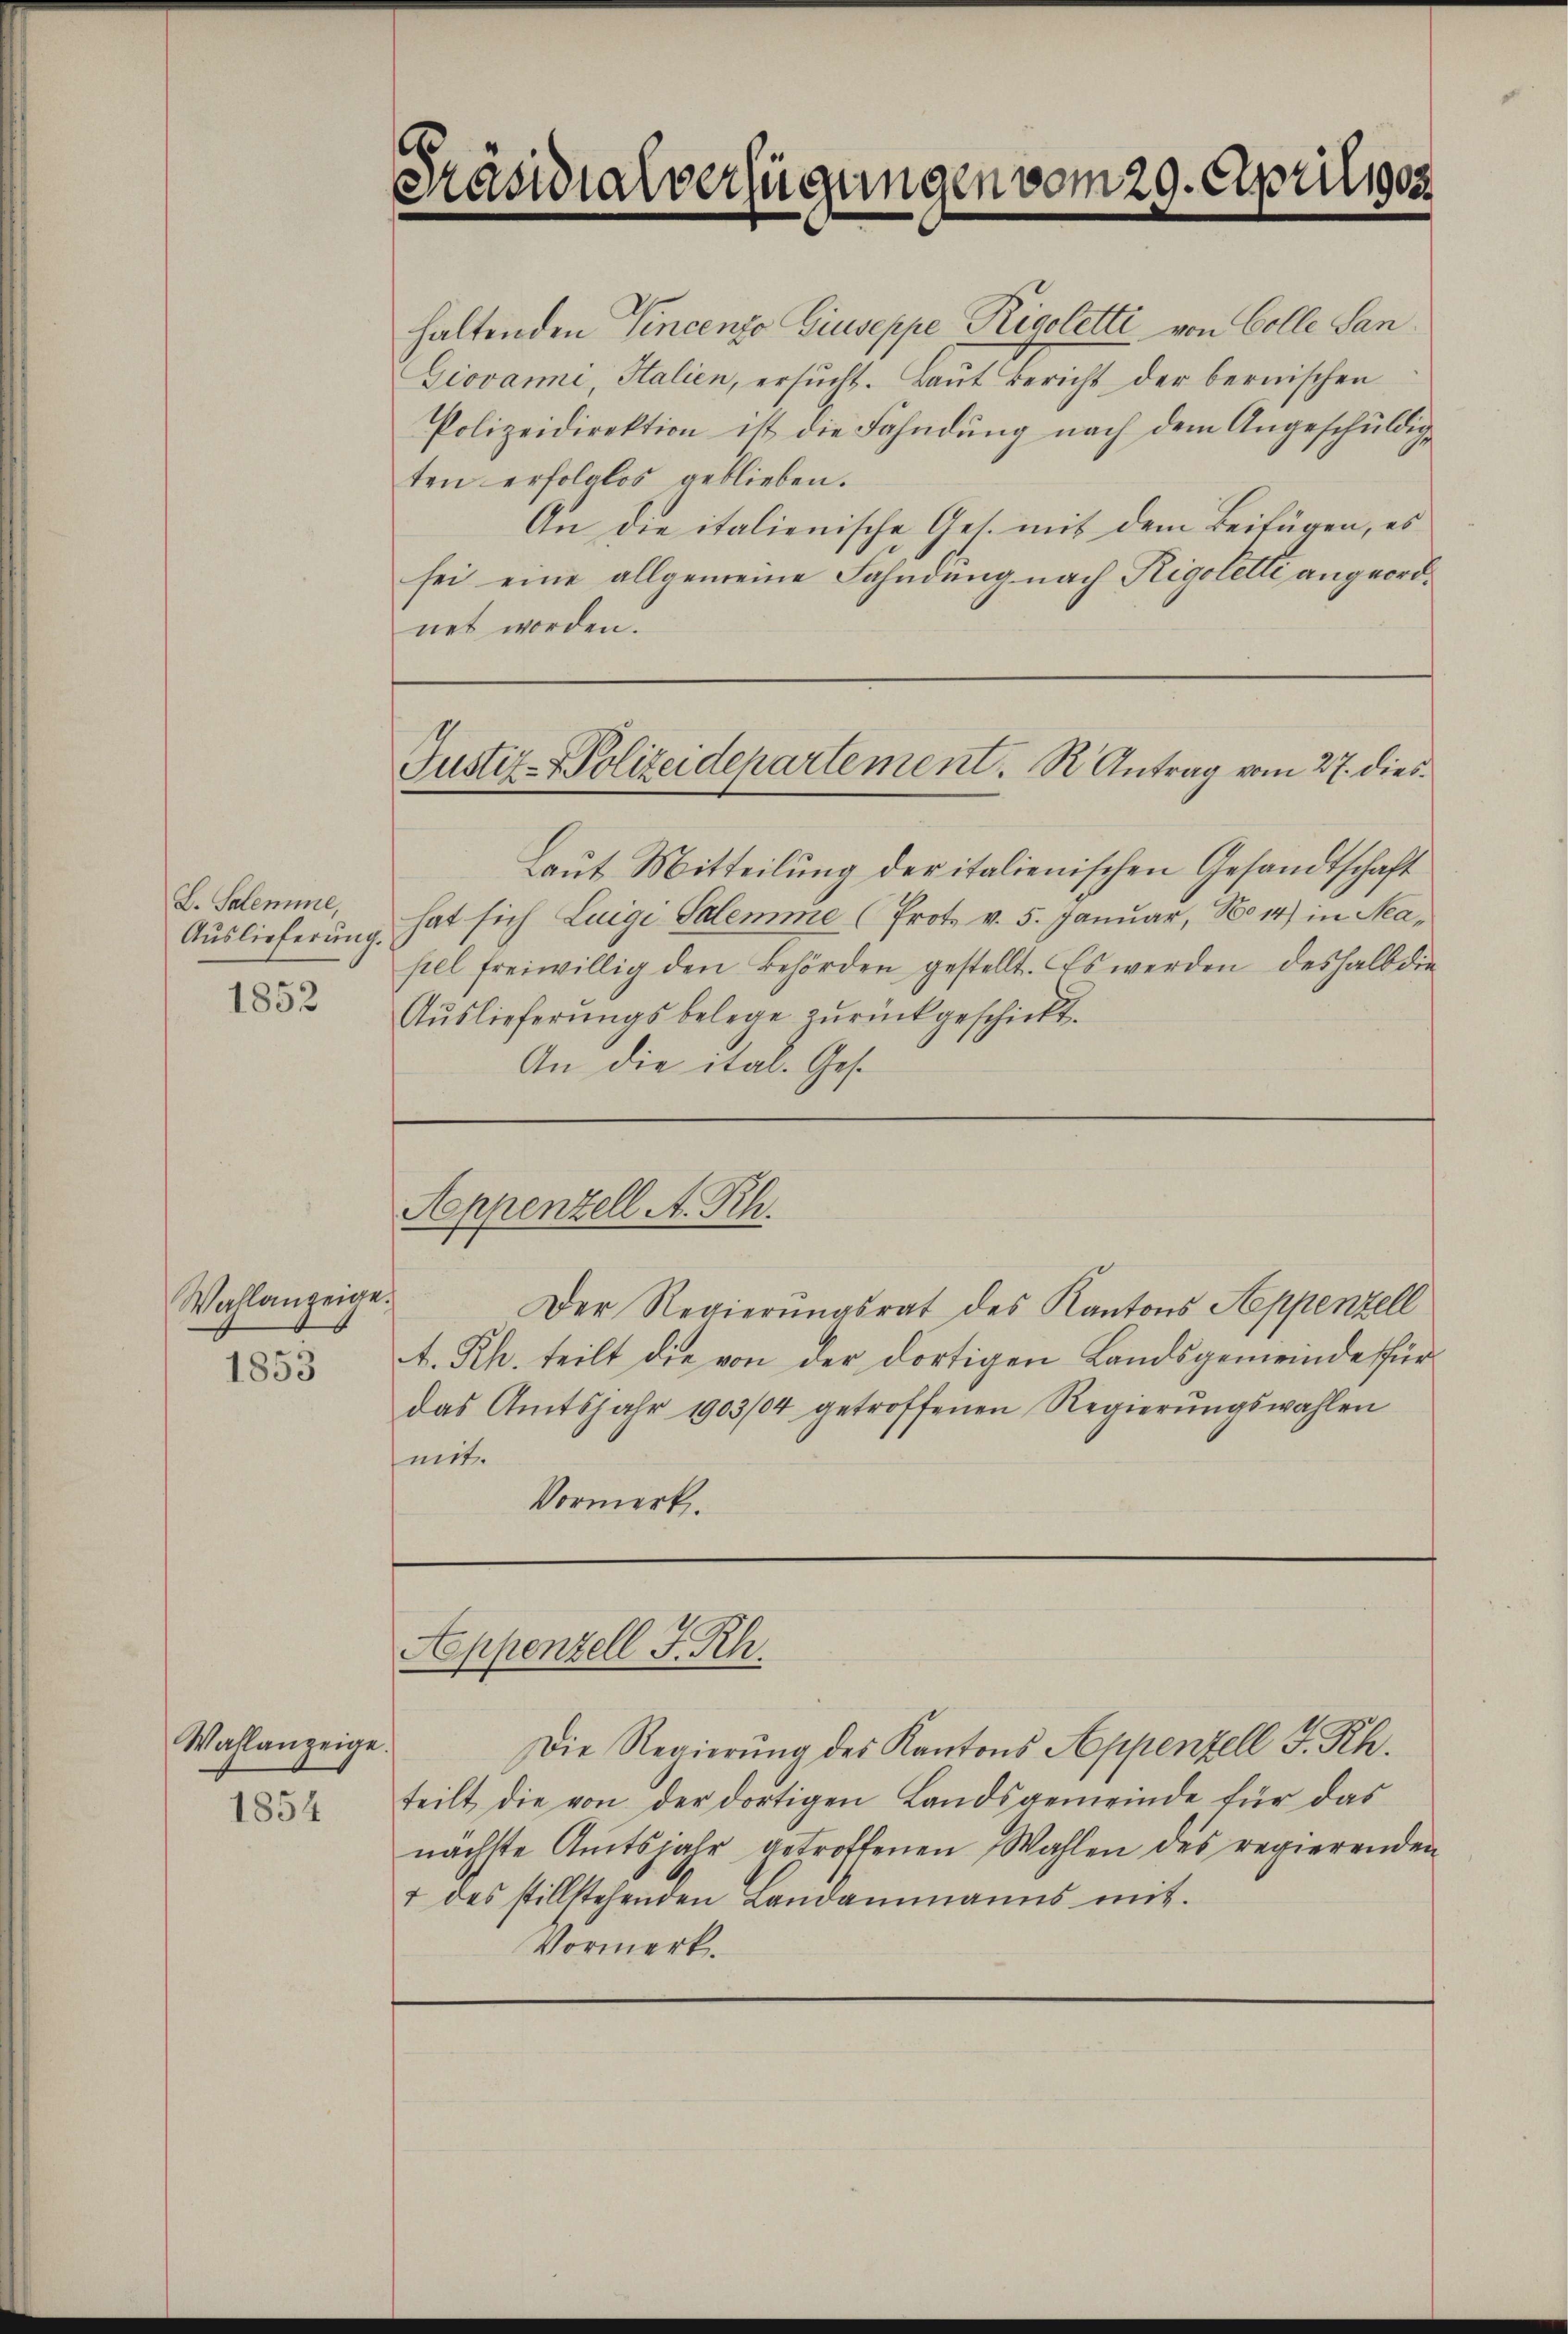
L. Salemme,
Auslieferung
1852

Wahlanzeige
1853

Wahlanzeige.

1854

G
Präsidialverfügungen vom 29. April 1902

haltenden Vincenzo Giuseppe Rigoletti von Colle San¬
Giovanni, Italien, ersŭcht. Baŭt Bericht der bernischen
Polizeidirektion ist die Fahndung nach dem Angeschuldigten erfolglos geblieben.
An die italienische Ges. mit dem Beifügen, es
sei eine allgemeine Fahndung nach Rigolette angeordnet worden.
Laut Mitteilung der italienischen Gesandtschaft
hat sich Luigi Salemme (Prot. v. 5. Januar, No 14) in Neapel freiwillig den Behörden gestellt. Es werden deshalb die
Auslieferungsbelege zurückgeschickt.
An die ital. Gese
Appenzell A. Rh.
.
Der Regierungsrat des Kantons Appenzell
A. Rh. teilt die von der dortigen Landsgemeinde fürdas Amtsjahr 1903/04 getroffenen Regierŭngswahlen
mit.
Vormerk.

Justiz-Polizeidepartement. R. Antrag vom 27. dies

Appenzell F. Rh.

Die Regierung des Kantons Appenzell I. Rh.
teilt die von der dortigen Landsgemeinde für das
nächste Amtsjahr getroffenen Wahlen des regierenden
1 des stillstehenden Landammanns mit.
Vormerk.